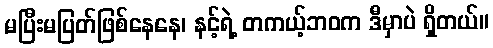
မပြီးမပြတ်ဖြစ်နေနေ၊ နင့်ရဲ့ တကယ့်ဘဝက ဒီမှာပဲ ရှိတယ်။